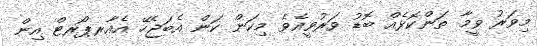
މިވަރު ވީމާ ތަންކޮޅެއް ބޮޑު ވަރުވީއެވެ މިކަން ކަން އެބަޖެހޭ އެއާރޕޯރޓް އިން